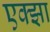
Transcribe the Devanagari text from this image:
एक्झा